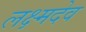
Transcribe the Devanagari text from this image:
लक्ष्मदेव